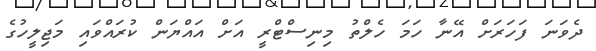
ދެވަނަ ފަހަރަށް އޭނާ ހަމަ ހެލްތު މިނިސްޓްރީ އަށް އައްޔަން ކުރައްވައި މަޖިލީހުގެ